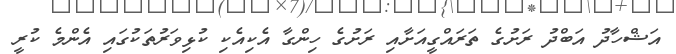
އަޝްހާދު އަބްދު ރަށުގެ ތަރައްގީއަށާއި ރަށުގެ ހިންގާ އެކިއެކި ކުޅިވަރުތަކުގައި އެންމެ ކުރީ